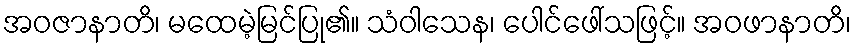
အဝဇာနာတိ၊ မထေမဲ့မြင်ပြု၏။ သံဝါသေန၊ ပေါင်ဖေါ်သဖြင့်။ အဝဖာနာတိ၊